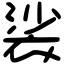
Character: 裟